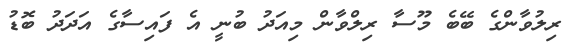
ރިލުވާންގެ ބޭބެ މޫސާ ރިލްވާން މިއަދު ބުނީ އެ ފައިސާގެ އަދަދު ބޮޑު